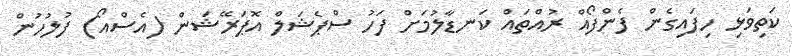
ކަތިވަޅި ހިފައިގެން ފެންފޯއް ރުއްތައް ކަނޑާލުމަށް ފަހު ސްޕެޝަލް އޮޕަރޭޝަން (އެސްއޯ) ފުލުހުން